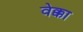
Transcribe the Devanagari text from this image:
वेक्का